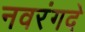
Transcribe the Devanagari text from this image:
नवरंगदे